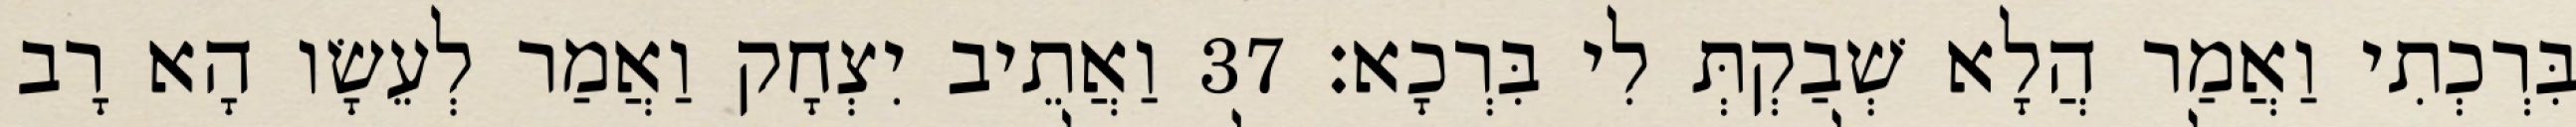
בִּרְכְתִי וַאֲמַר הֲלָא שְׁבַקְתְּ לִי בִּרְכָא׃ 37 וַאֲתֵיב יִצְחָק וַאֲמַר לְעֵשָׂו הָא רָב